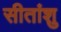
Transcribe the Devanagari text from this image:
सीतांशु